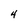
Character: 4